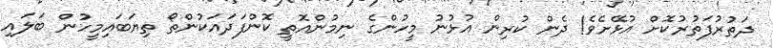
ދަތުރުފަތުރުކޮށް އުޅޭށެވެ! ދެން ކުރިން އުޅުނު މީހުންގެ ނިމުންއޮތީ ކޮންފަދައަކުންތޯ ތިޔަބައިމީހުން ބަލައި